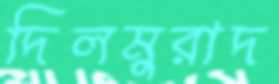
দিলমুরাদ